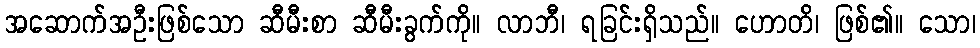
အဆောက်အဦးဖြစ်သော ဆီမီးစာ ဆီမီးခွက်ကို။ လာဘီ၊ ရခြင်းရှိသည်။ ဟောတိ၊ ဖြစ်၏။ သော၊